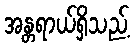
အန္တရာယ်ရှိသည့်